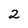
Character: 2